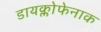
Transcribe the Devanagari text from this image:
डायक्लोफेनाक